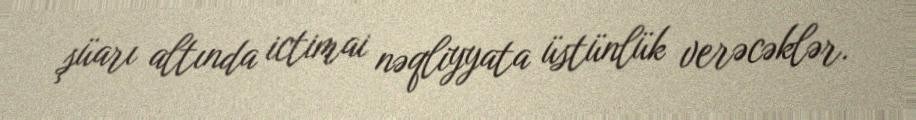
şüarı altında ictimai nəqliyyata üstünlük verəcəklər.